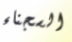
السجناء